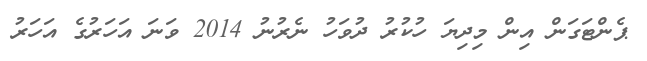
ޕެންޓަގަން އިން މިދިޔަ ހުކުރު ދުވަހު ނެރުނު 2014 ވަނަ އަހަރުގެ އަހަރު